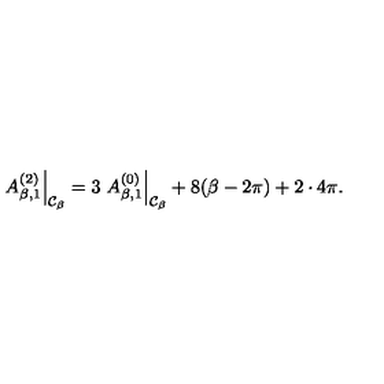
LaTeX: \left. A _ { \beta , 1 } ^ { ( 2 ) } \right| _ { { \cal C } _ { \beta } } = 3 \left. A _ { \beta , 1 } ^ { ( 0 ) } \right| _ { { \cal C } _ { \beta } } + 8 ( \beta - 2 \pi ) + 2 \cdot 4 \pi .